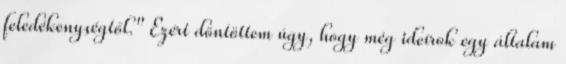
feledékenységtől." Ezért döntöttem úgy, hogy még ideírok egy általam